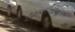
ચાલીસાનો